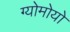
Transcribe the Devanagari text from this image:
ग्योमोयो